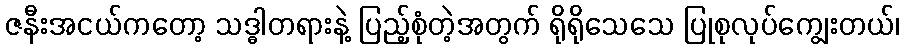
ဇနီးအငယ်ကတော့ သဒ္ဓါတရားနဲ့ ပြည့်စုံတဲ့အတွက် ရိုရိုသေသေ ပြုစုလုပ်ကျွေးတယ်၊